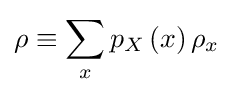
\rho \equiv \sum _{x}p_{X}\left(x\right)\rho _{x}